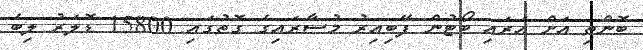
ބޮންތި އަށް އަރައި ބޯޓުން ފޭބިއިރު މުސާރައިގެ ގޮތުގައި 15800 ޑޮލަރު ލިބެ